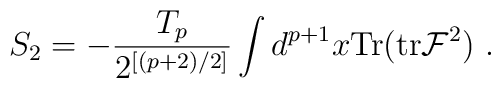
S_2  = - \frac{T_p}{2^{[(p+2)/2]}}  \int d^{p+1}x {\rm Tr}({\rm tr} {\cal F}^2) \ .